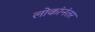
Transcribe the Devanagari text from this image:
लोकांनंतर